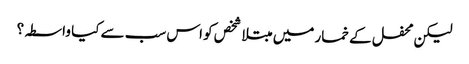
لیکن محفل کے خمار میں مبتلا شخص کو اس سب سے کیا واسطہ؟